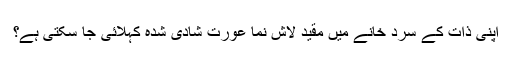
اپنی ذات کے سرد خانے میں مقید لاش نما عورت شادی شدہ کہلائی جا سکتی ہے؟